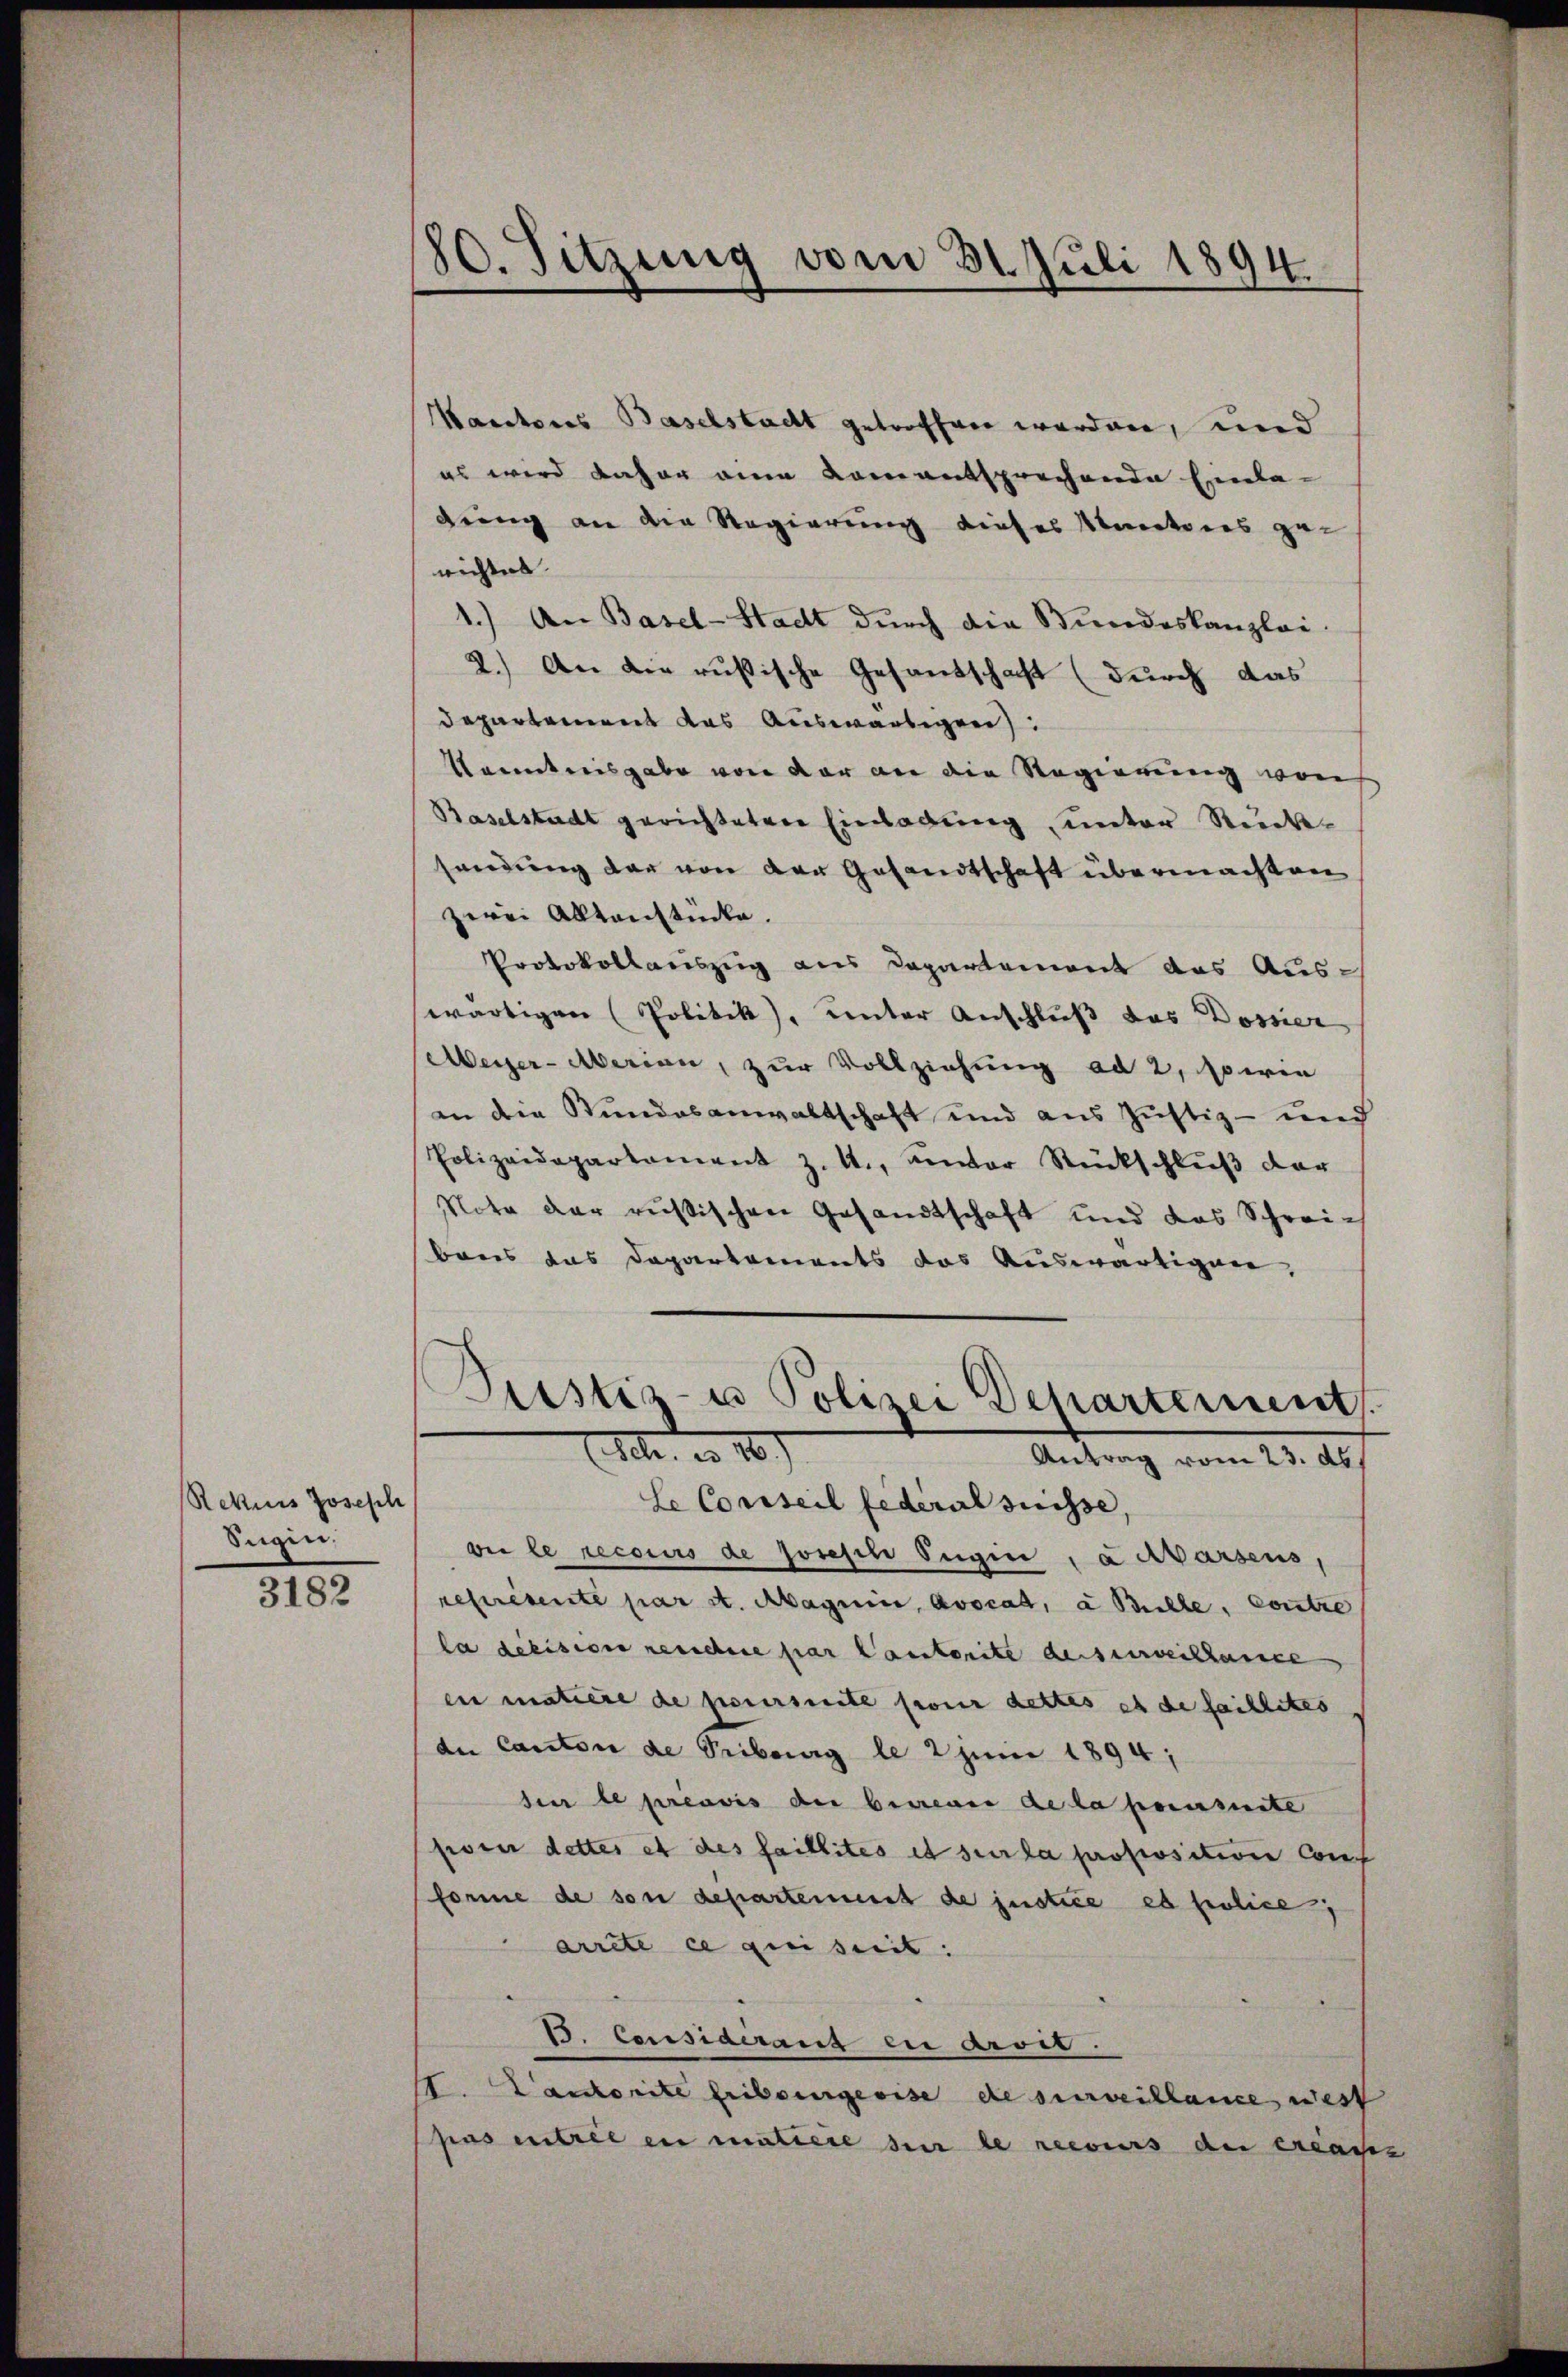
Rekurs Joseph
Sugini.

3182

80. Sitzung vom 31. Juli 1894.

Kauctores Baselstadt getroffen worden, und
es wird daher eine kamentsprechende Einla-
drung an der Regierung dieses Sanatores ge-
richtes
1.) An Basel-Stadt durch die Bundeskanzlei
2.) An die rusische Gesandschaft (durch das
Departement das Auswärtigen
Kenntnisgabe von der an die Regierung von
Baselstadt gerichteten Einladung unter Rücksendung dar von der Gesandtschaft übermachten
zwei Aktenstücke.
Protokollauszug aus Departement das Auswärtigen (Politik), unter Anschluß das Dossier
Meyer-Merian, zur Vollziehung ad 2, sowie
an dem Stundesanwaltschaft und aus Justiz- und
Polizeidepartament z. R., unter Rückschluß der
Note der russischen Gesandtschaft und das Schreibonis das Departements das Auswärtigen,
Piustiz- u Polizei Departement.
ESete, u. 10.
Antrag vom 23. ds.
Le Conseil federal suisse,
vie le recours de Joseph Eugin , a Marsens,
représente par St. Magnii, avocat, à Bulle, Contre
la décision reichere par lautorite de surveilhance
en matière de poursuite pour dettes et de faillites
de Canton de Tribung le 2 Juni 1894;
sie le provis der bevor Acta pensuite
poser dettes et des faillités et sur la propositione Conf
forme de son departement de justice es folice
arrecte ce qui seit:
B. Considerant eu droit.
. Cantorite libergeoise de surveillance west
pas entrie en matiere sur le recours der erlasse